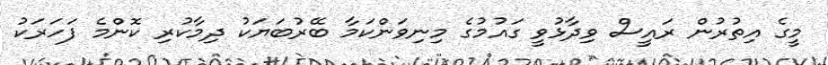
މީގެ އިތުރުން ރައީސް ވިދާޅުވީ ގައުމުގެ މިނިވަންކަމާ ބޭރުބަޔަކު ދިމާކުރި ކޮންމެ ފަހަރަކު